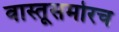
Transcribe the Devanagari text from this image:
वास्तूसमोरच